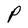
Character: P